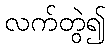
လက်တွဲ၍